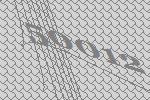
50012